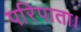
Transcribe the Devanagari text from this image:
परिपाता।